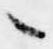
々